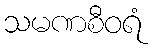
သမဏစီဝရံ